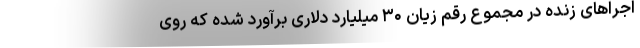
اجراهای زنده در مجموع رقم زیان ۳۰ میلیارد دلاری برآورد شده که روی